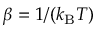
\beta = 1 / ( k _ { \mathrm { B } } T )